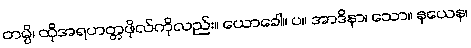
တမ္ပိ၊ ထိုအရဟတ္တဖိုလ်ကိုလည်း။ ယောခေါ။ ပ။ အာဒိနာ၊ သော။ နယေန၊